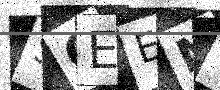
Text: SQEENT